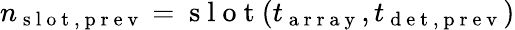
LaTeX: n_{\mathrm{~s~l~o~t~,~p~r~e~v~}}=\mathrm{~s~l~o~t~}(t_{\mathrm{~a~r~r~a~y~}},t_{\mathrm{~d~e~t~,~p~r~e~v~}})